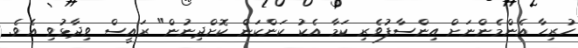
ހުރިހާ އެންމެންނަށް އިންސާފުވެރި ކަމާ އެކު ކަންކަން ކޮށްދިނުން" ރައީސް ވިދާޅުވި އެވެ.